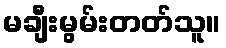
မချီးမွမ်းတတ်သူ။